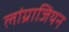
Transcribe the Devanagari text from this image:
लांग्राजियन